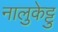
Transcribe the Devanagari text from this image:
नालुकेट्टु